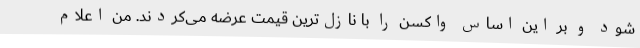
شود و بر این اساس واکسن را با نازل‌ترین قیمت عرضه می‌کردند. من اعلام